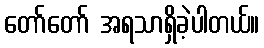
တော်တော် အရသာရှိခဲ့ပါတယ်။